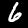
Digit: 6